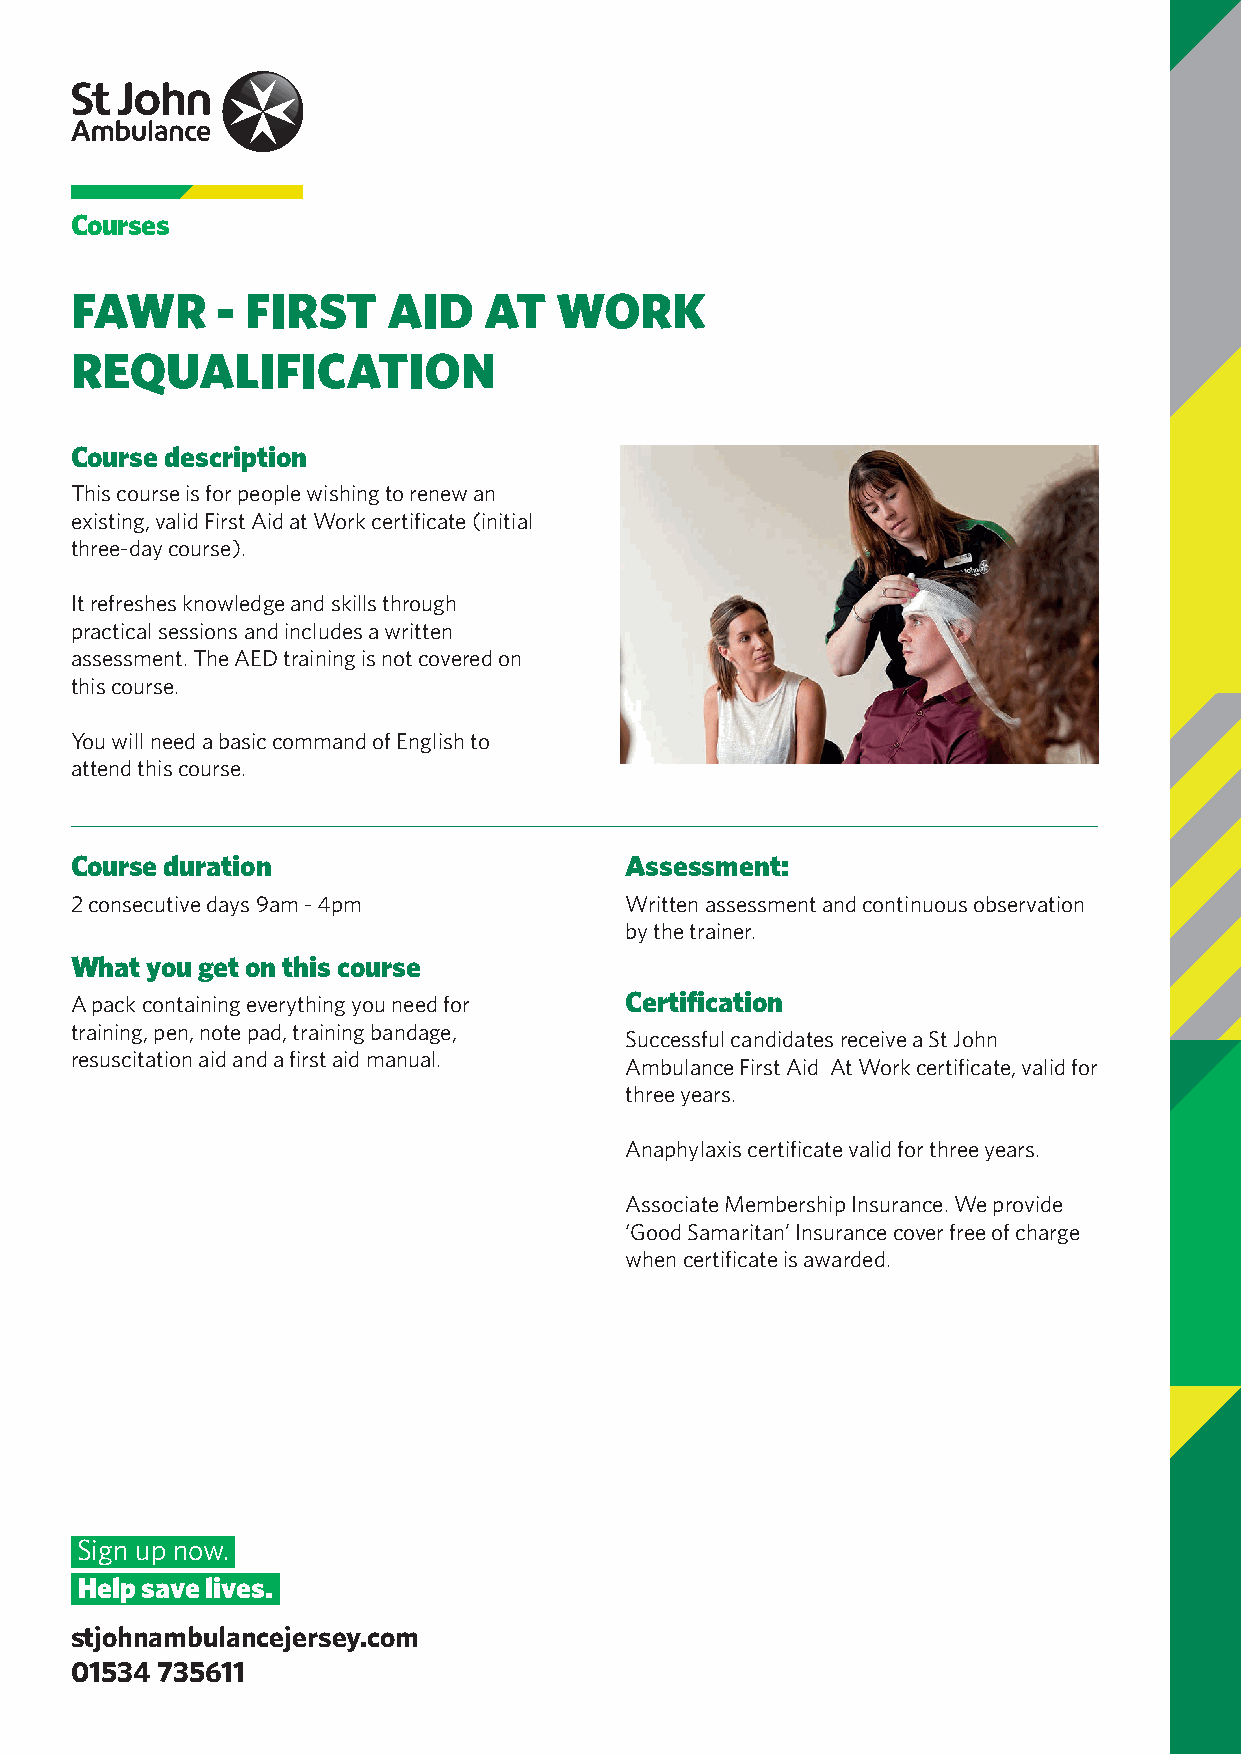
Courses
 FAWR     - FIRST     AID   AT   WORK
 REQUALIFICATION
 Course description
 This course is for people wishing to renew an
 existing, valid First Aid at Work certificate (initial
 three-day course).
 It refreshes knowledge and skills through
 practical sessions and includes a written
 assessment. The AED training is not covered on
 this course.
 You will need a basic command of English to
 attend this course.
 Course duration                     Assessment:
 2 consecutive days 9am - 4pm        Written assessment and continuous observation
 by the trainer.
 What you get on this course
 A pack containing everything you need for Certification
 training, pen, note pad, training bandage,
 Successful candidates receive a St John
 resuscitation aid and a first aid manual.
 Ambulance First Aid At Work certificate, valid for
 three years.
 Anaphylaxis certificate valid for three years.
 Associate Membership Insurance. We provide
 ‘Good Samaritan’ Insurance cover free of charge
 when certificate is awarded.
 Sign up now.
 Help save lives.
 stjohnambulancejersey.com
 01534 735611